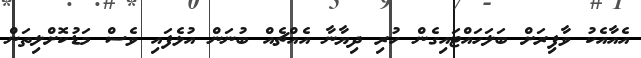
އެއާއެކު ވާފިރަށް ބަލަހައްޓައިގެން ހުރި ދިޔާނާ އެއްޗެއް ބުނަން އުޅެފައި ވެސް މަޑުކޮށްލިތަން